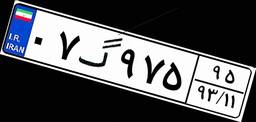
۰۷گ۹۷۵۹۵